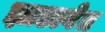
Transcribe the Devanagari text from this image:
झाडावेत